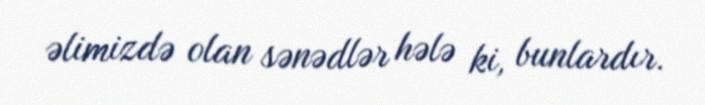
əlimizdə olan sənədlər hələ ki, bunlardır.